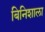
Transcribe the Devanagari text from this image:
बिनिशाला